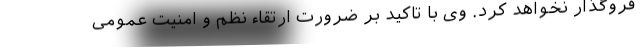
فروگذار نخواهد کرد. وی با تاکید بر ضرورت ارتقاء نظم و امنیت عمومی